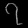
Digit: ၇